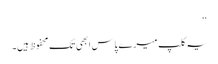
‘‘
یہ کلپ میرے پاس ابھی تک محفوظ ہیں۔